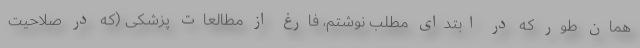
همان طور که در ابتدای مطلب نوشتم، فارغ از مطالعات پزشکی (که در صلاحیت